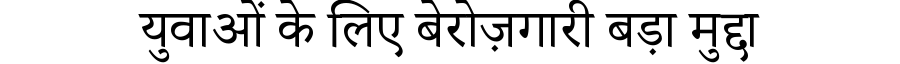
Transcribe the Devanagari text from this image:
युवाओं के लिए बेरोज़गारी बड़ा मुद्दा